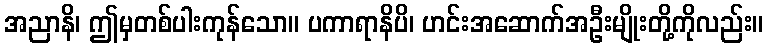
အညာနိ၊ ဤမှတစ်ပါးကုန်သော။ ပကာရာနိပိ၊ ဟင်းအဆောက်အဦးမျိုးတို့ကိုလည်း။